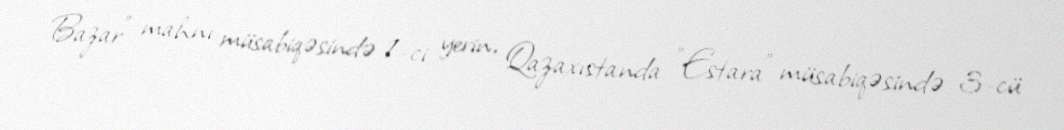
Bazar" mahnı müsabiqəsində 1-ci yerin, Qazaxıstanda "Estara" müsabiqəsində 3-cü